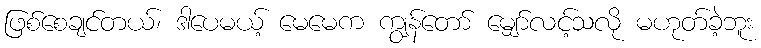
ဖြစ်စေချင်တယ်၊ ဒါပေမယ့် မေမေက ကျွန်တော် မျှော်လင့်သလို မဟုတ်ခဲ့ဘူး